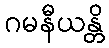
ဂမနီယန္တိ